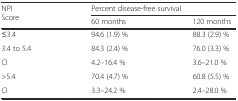
<table><thead><tr><td rowspan="2"><b>NPI Score</b></td><td colspan="2"><b>Percent disease-free survival</b></td></tr><tr><td><b>60 months</b></td><td><b>120 months</b></td></tr></thead><tbody><tr><td>≤3.4</td><td>94.6 (1.9) %</td><td>88.3 (2.9) %</td></tr><tr><td>3.4 to 5.4</td><td>84.3 (2.4) %</td><td>76.0 (3.3) %</td></tr><tr><td>CI</td><td>4.2–16.4 %</td><td>3.6–21.0 %</td></tr><tr><td>&gt;5.4</td><td>70.4 (4.7) %</td><td>60.8 (5.5) %</td></tr><tr><td>CI</td><td>3.3–24.2 %</td><td>2.4–28.0 %</td></tr></tbody></table>